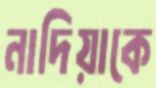
নাদিয়াকে